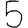
Digit: 5